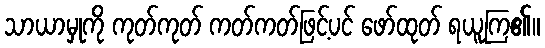
သာယာမှုကို ကုတ်ကုတ် ကတ်ကတ်ဖြင့်ပင် ဖော်ထုတ် ရယူကြ၏။